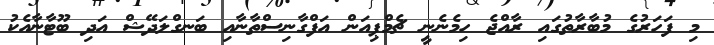
މި ފަހަރުގެ މުބާރާތުގައި ރާއްޖެ ހިމެނެނީ ޗެމްޕިއަން އަފްގާނިސްތާނާއި ބަނގްލަދޭޝް އަދި ބޫޓާނާއެކު